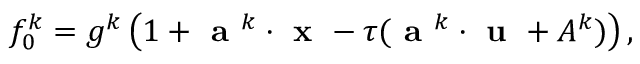
f _ { 0 } ^ { k } = g ^ { k } \left( 1 + \textbf { a } ^ { k } \cdot \textbf { x } - \tau ( \textbf { a } ^ { k } \cdot \textbf { u } + A ^ { k } ) \right) ,